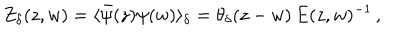
LaTeX: Z _ { \delta } ( z , w ) = \langle \bar { \psi } ( z ) \psi ( w ) \rangle _ { \delta } = \theta _ { \delta } ( z - w ) \, E ( z , w ) ^ { - 1 } \, ,